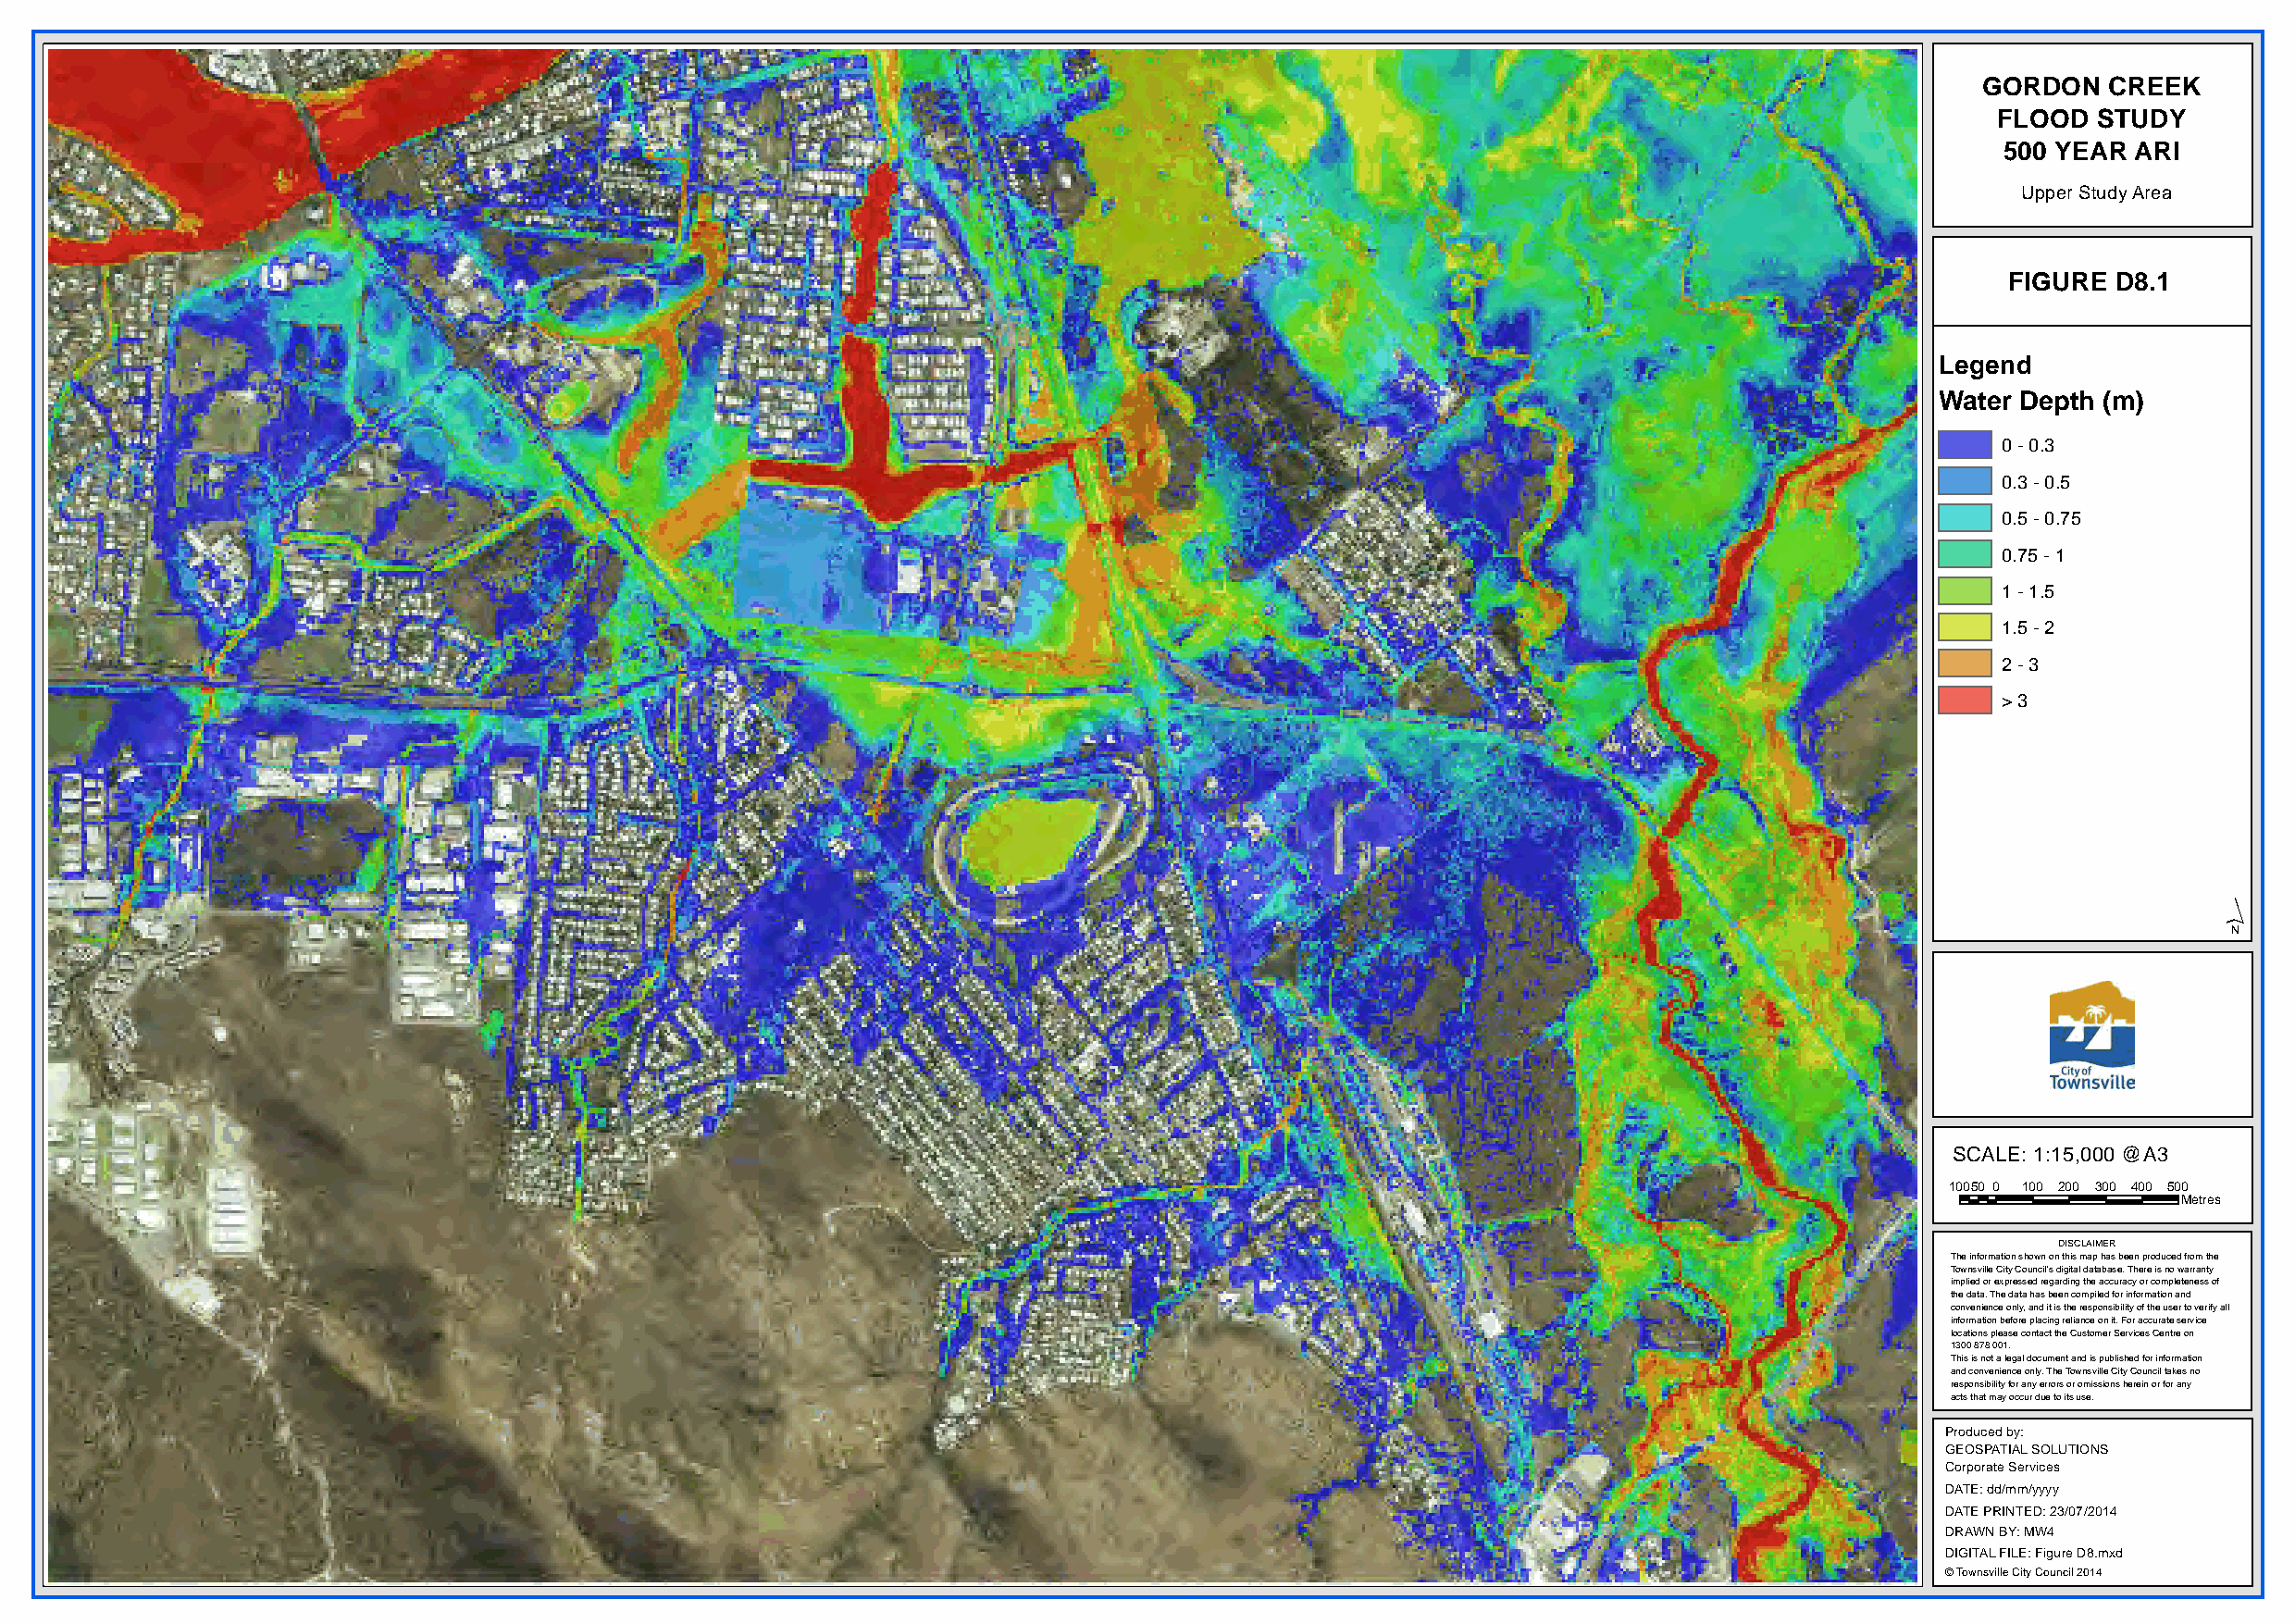
GORDON   CREEK
 FLOOD  STUDY
 500 YEAR  ARI
 Upper Study Area
 FIGURE D8.1
 Legend
 Water Depth (m)
 0 - 0.3
 0.3 - 0.5
 0.5 - 0.75
 0.75 - 1
 1 - 1.5
 1.5 - 2
 2 - 3
 > 3
 ´
 SCALE: 1:15,000 @A3
 10050 0 100 200 300 400 500
 Metres
 DISCLAIMER
 The information shown on this map has been produced from the
 Townsville City Council's digital database. There is no warranty
 implied or expressed regarding the accuracy or completeness of
 the data. The data has been compiled for information and
 convenience only, and it is the responsibility of the user to verify all
 information before placing reliance on it. For accurate service
 locations please contact the Customer Services Centre on
 1300 878 001.
 This is not a legal document and is published for information
 and convenience only. The Townsville City Council takes no
 responsibility for any errors or omissions herein or for any
 acts that may occur due to its use.
 Produced by:
 GEOSPATIAL SOLUTIONS
 Corporate Services
 DATE: dd/mm/yyyy
 DATE PRINTED: 23/07/2014
 DRAWN BY: MW4
 DIGITAL FILE: Figure D8.mxd
 © Townsville City Council 2014